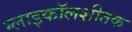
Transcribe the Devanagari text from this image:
ग्लाइकॉलशीतक